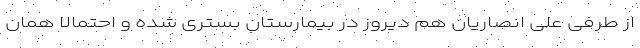
از طرفی علی انصاریان هم دیروز در بیمارستان بستری شده و احتمالا همان